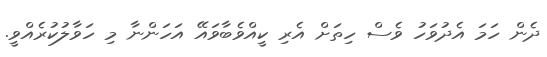
ދެން ހަމަ އެދުވަހު ވެސް ހިތަށް އެރި ކީއްވެބާވައޭ އަހަންނާ މި ހަވާލުކުރެއްވީ.